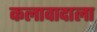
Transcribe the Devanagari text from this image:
कलावादाला